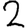
Digit: 2